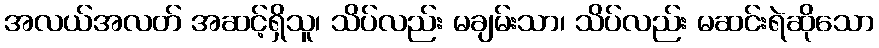
အလယ်အလတ် အဆင့်ရှိသူ၊ သိပ်လည်း မချမ်းသာ၊ သိပ်လည်း မဆင်းရဲဆိုသော